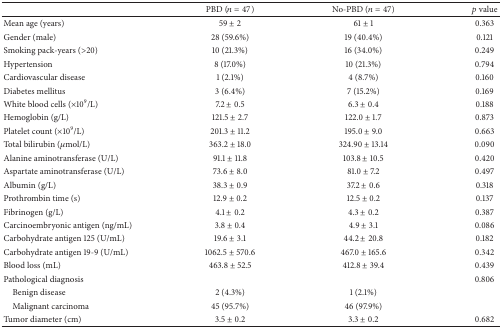
<table><thead><tr><td><b> </b></td><td><b>PBD (<i>n</i> = 47)</b></td><td><b>No-PBD (<i>n</i> = 47)</b></td><td><b><i>p</i> value</b></td></tr></thead><tbody><tr><td>Mean age (years)</td><td>59 ± 2</td><td>61 ± 1</td><td>0.363</td></tr><tr><td>Gender (male)</td><td>28 (59.6%)</td><td>19 (40.4%)</td><td>0.121</td></tr><tr><td>Smoking pack-years (&gt;20)</td><td>10 (21.3%)</td><td>16 (34.0%)</td><td>0.249</td></tr><tr><td>Hypertension</td><td>8 (17.0%)</td><td>10 (21.3%)</td><td>0.794</td></tr><tr><td>Cardiovascular disease</td><td>1 (2.1%)</td><td>4 (8.7%)</td><td>0.160</td></tr><tr><td>Diabetes mellitus</td><td>3 (6.4%)</td><td>7 (15.2%)</td><td>0.169</td></tr><tr><td>White blood cells (×10<sup>9</sup>/L)</td><td>7.2 ± 0.5</td><td>6.3 ± 0.4</td><td>0.188</td></tr><tr><td>Hemoglobin (g/L)</td><td>121.5 ± 2.7</td><td>122.0 ± 1.7</td><td>0.873</td></tr><tr><td>Platelet count (×10<sup>9</sup>/L)</td><td>201.3 ± 11.2</td><td>195.0 ± 9.0</td><td>0.663</td></tr><tr><td>Total bilirubin (<i>μ</i>mol/L)</td><td>363.2 ± 18.0</td><td>324.90 ± 13.14</td><td>0.090</td></tr><tr><td>Alanine aminotransferase (U/L)</td><td>91.1 ± 11.8</td><td>103.8 ± 10.5</td><td>0.420</td></tr><tr><td>Aspartate aminotransferase (U/L)</td><td>73.6 ± 8.0</td><td>81.0 ± 7.2</td><td>0.497</td></tr><tr><td>Albumin (g/L)</td><td>38.3 ± 0.9</td><td>37.2 ± 0.6</td><td>0.318</td></tr><tr><td>Prothrombin time (s)</td><td>12.9 ± 0.2</td><td>12.5 ± 0.2</td><td>0.137</td></tr><tr><td>Fibrinogen (g/L)</td><td>4.1 ± 0.2</td><td>4.3 ± 0.2</td><td>0.387</td></tr><tr><td>Carcinoembryonic antigen (ng/mL)</td><td>3.8 ± 0.4</td><td>4.9 ± 3.1</td><td>0.086</td></tr><tr><td>Carbohydrate antigen 125 (U/mL)</td><td>19.6 ± 3.1</td><td>44.2 ± 20.8</td><td>0.182</td></tr><tr><td>Carbohydrate antigen 19-9 (U/mL)</td><td>1062.5 ± 570.6</td><td>467.0 ± 165.6</td><td>0.342</td></tr><tr><td>Blood loss (mL)</td><td>463.8 ± 52.5</td><td>412.8 ± 39.4</td><td>0.439</td></tr><tr><td>Pathological diagnosis</td><td> </td><td> </td><td>0.806</td></tr><tr><td> Benign disease</td><td>2 (4.3%)</td><td>1 (2.1%)</td><td> </td></tr><tr><td> Malignant carcinoma</td><td>45 (95.7%)</td><td>46 (97.9%)</td><td> </td></tr><tr><td>Tumor diameter (cm)</td><td>3.5 ± 0.2</td><td>3.3 ± 0.2</td><td>0.682</td></tr></tbody></table>